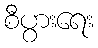
စီပွားရေး